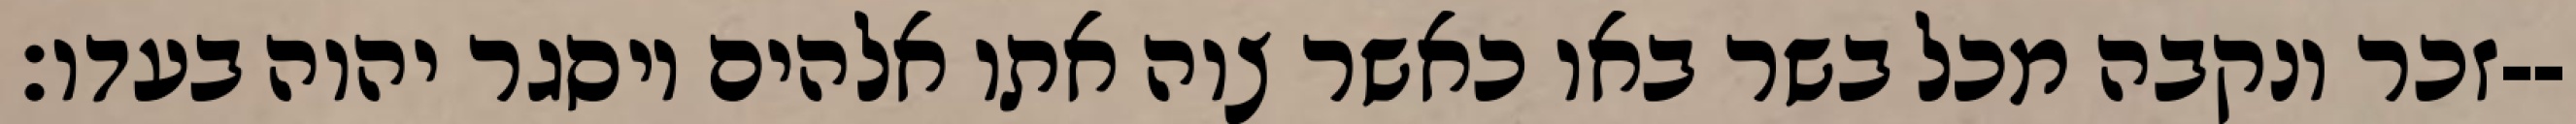
זכר ונקבה מכל בשר באו כאשר צוה אתו אלהים ויסגר יהוה בעדו׃--